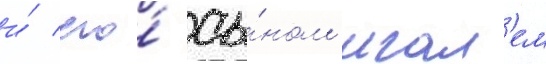
и́ его́ сы́ном игал'ем